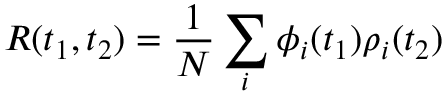
R ( t _ { 1 } , t _ { 2 } ) = \frac { 1 } { N } \sum _ { i } \phi _ { i } ( t _ { 1 } ) \rho _ { i } ( t _ { 2 } )